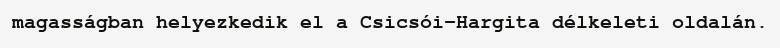
magasságban helyezkedik el a Csicsói-Hargita délkeleti oldalán.